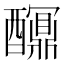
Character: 𨣯